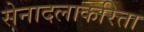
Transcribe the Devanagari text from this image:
सेनादलाकरिता